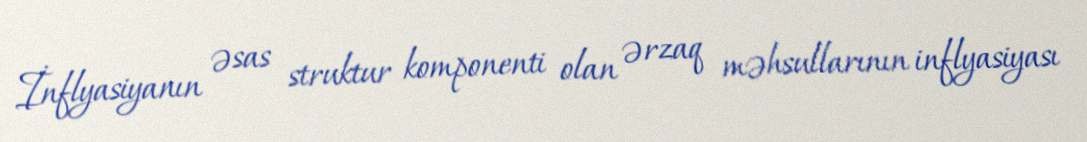
İnflyasiyanın əsas struktur komponenti olan ərzaq məhsullarının inflyasiyası